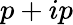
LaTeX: p+ip